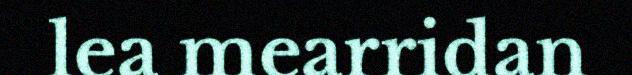
lea mearridan